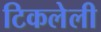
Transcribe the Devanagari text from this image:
टिकलेली